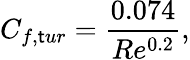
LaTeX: C_{f,\mathsf{t}ur}={\frac{{0.074}}{{Re^{0.2}}}},